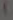
)